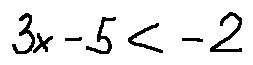
3 x - 5 < - 2